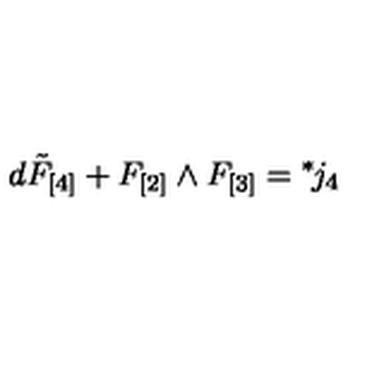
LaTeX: d \tilde { F } _ { [ 4 ] } + F _ { [ 2 ] } \wedge F _ { [ 3 ] } = { } ^ { * } \! j _ { 4 }